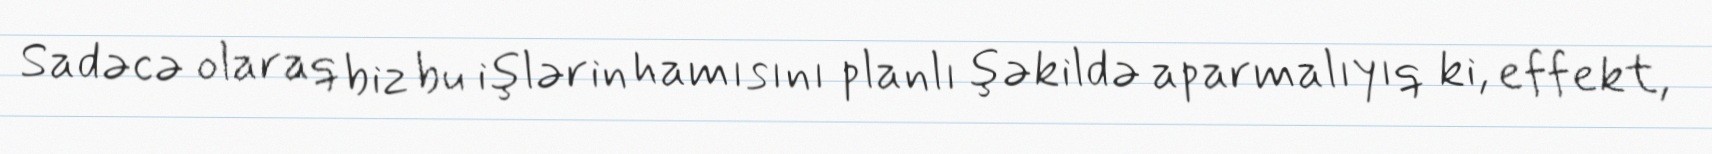
Sadəcə olaraq biz bu işlərin hamısını planlı şəkildə aparmalıyıq ki, effekt,